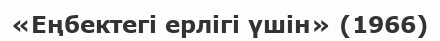
«Еңбектегі ерлігі үшін» (1966)